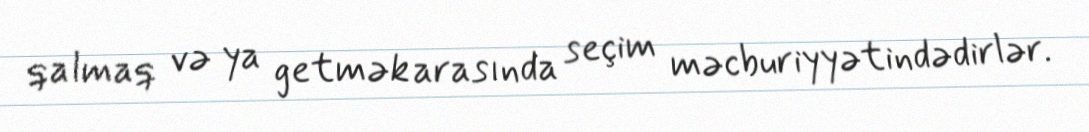
qalmaq və ya getmək arasında seçim məcburiyyətindədirlər.